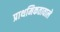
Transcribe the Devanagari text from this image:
प्राथमिकतावाले